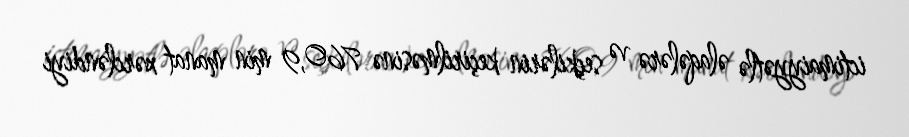
ictimaiyyətlə əlaqələrə və seçkilərin keçirilməsinə 760,9 min manat xərcləndiyi